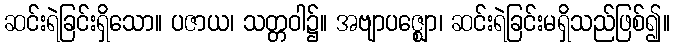
ဆင်းရဲခြင်းရှိသော။ ပဇာယ၊ သတ္တဝါ၌။ အဗျာပဇ္ဈော၊ ဆင်းရဲခြင်းမရှိသည်ဖြစ်၍။